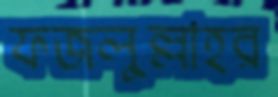
ফজলুল্লাহর